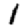
Digit: 1